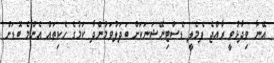
އޭނާ ވިދާޅުވީ ރާއްޖެ ފެމެލީ ޑެސްޓިނޭޝަނަކަށް ބަދަލުވަމުންދާ ކަމުގެ ހެކިތައް އެންމެ ބޮޑަށް